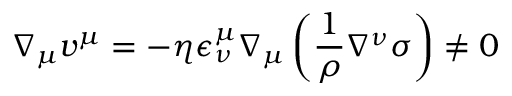
\nabla _ { \mu } v ^ { \mu } = - \eta \epsilon _ { \nu } ^ { \mu } \nabla _ { \mu } \left( \frac { 1 } { \rho } \nabla ^ { \nu } \sigma \right) \neq 0